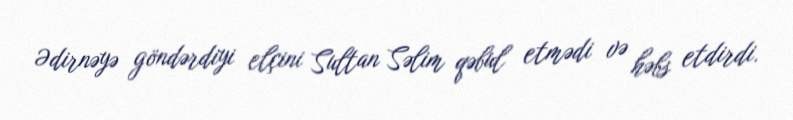
Ədirnəyə göndərdiyi elçini Sultan Səlim qəbul etmədi və həbs etdirdi.